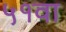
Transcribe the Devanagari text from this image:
५१वा